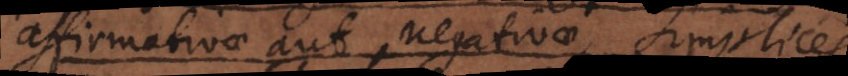
affirmativae vel negativae, simplices